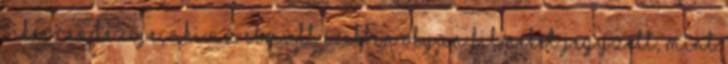
sikerrendezője, aki az elmúlt években olyan filmeket jegyzett, mint